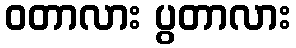
ဝတာလား ပွတာလား